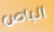
الباص